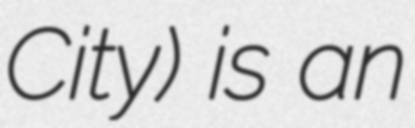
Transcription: City) is an